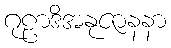
ဂုဠာဒိအနုဇာနနာ